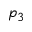
p _ { 3 }